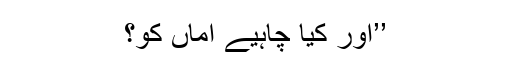
’’اور کیا چاہیے اماں کو؟